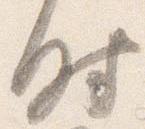
時